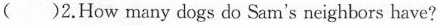
()2.How many dogs do Sam's neighbors have?